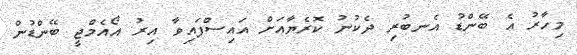
މިހާރު އެ ބޭންޑު އެނބުރި ދެކުނު ކޮރެޔާއަށް އައިސްފައިވާ އިރު އޯއެމްޖީ ބޭންޑުން